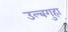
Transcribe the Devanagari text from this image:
उल्बगुहा